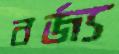
বর্জ্য